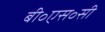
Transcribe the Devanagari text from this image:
बी॰एस॰सी